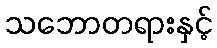
သဘောတရားနှင့်